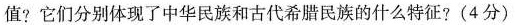
值?它们分别体现了中华民族和古代希腊民族的什么特征?(4分)